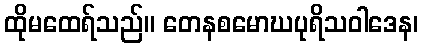
ထိုမထေရ်သည်။ တေနစမောဃပုရိသဝါဒေန၊